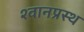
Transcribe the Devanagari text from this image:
श्वानप्रस्थ